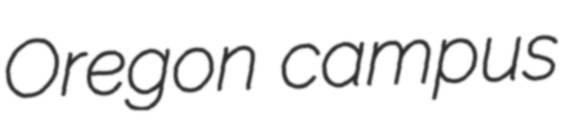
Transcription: Oregon campus